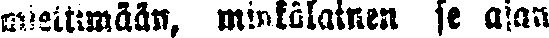
miettimään, minkälainen se ajan